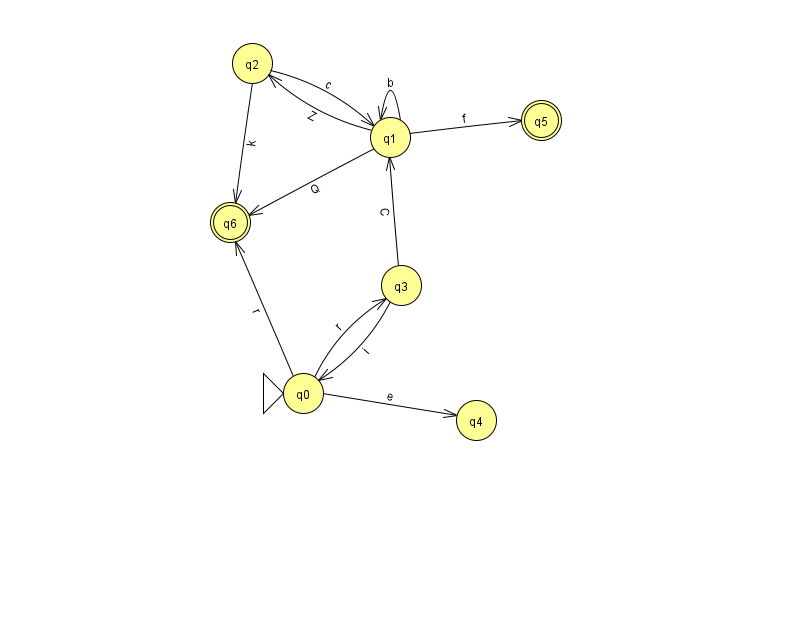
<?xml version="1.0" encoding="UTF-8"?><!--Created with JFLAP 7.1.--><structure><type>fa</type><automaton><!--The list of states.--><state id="0" name="q0"><x>303.0</x><y>380.0</y><initial/></state><state id="1" name="q1"><x>390.0</x><y>124.0</y></state><state id="2" name="q2"><x>252.0</x><y>50.0</y></state><state id="3" name="q3"><x>401.0</x><y>272.0</y></state><state id="4" name="q4"><x>476.0</x><y>407.0</y></state><state id="5" name="q5"><x>541.0</x><y>107.0</y><final/></state><state id="6" name="q6"><x>230.0</x><y>209.0</y><final/></state><!--The list of transitions.--><transition><from>0</from><to>3</to><read>r</read></transition><transition><from>1</from><to>5</to><read>f</read></transition><transition><from>1</from><to>1</to><read>b</read></transition><transition><from>1</from><to>6</to><read>Q</read></transition><transition><from>2</from><to>1</to><read>c</read></transition><transition><from>0</from><to>4</to><read>e</read></transition><transition><from>0</from><to>6</to><read>r</read></transition><transition><from>3</from><to>1</to><read>C</read></transition><transition><from>3</from><to>0</to><read>i</read></transition><transition><from>2</from><to>6</to><read>k</read></transition><transition><from>1</from><to>2</to><read>Z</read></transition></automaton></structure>